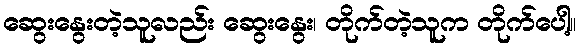
ဆွေးနွေးတဲ့သူလည်း ဆွေးနွေး၊ တိုက်တဲ့သူက တိုက်ပေါ့။